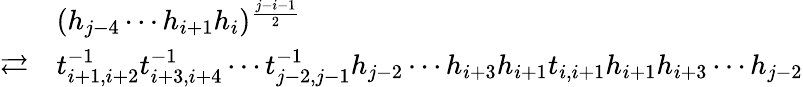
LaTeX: \begin{array}{rl}&{(h_{j-4}\cdots h_{i+1}h_{i})^{\frac{j-i-1}{2}}}\\ {\rightleftarrows}&{t_{i+1,i+2}^{-1}t_{i+3,i+4}^{-1}\cdots t_{j-2,j-1}^{-1}h_{j-2}\cdots h_{i+3}h_{i+1}t_{i,i+1}h_{i+1}h_{i+3}\cdots h_{j-2}}\end{array}